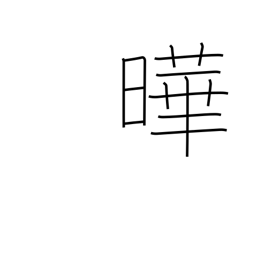
Meaning: flourishing